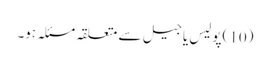
(10 )پولیس یا جیل سے متعلقہ مسئلہ ہو۔